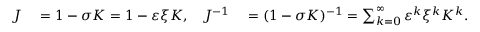
\begin{array} { r l r l } { J } & { { } = 1 - \sigma K = 1 - \varepsilon \xi K , } & { J ^ { - 1 } } & { { } = ( 1 - \sigma K ) ^ { - 1 } = \sum _ { k = 0 } ^ { \infty } \varepsilon ^ { k } \xi ^ { k } K ^ { k } . } \end{array}